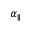
\alpha _ { \parallel }